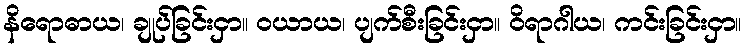
နိရောဓာယ၊ ချုပ်ခြင်းငှာ။ ဝယာယ၊ ပျက်စီးခြင်းငှာ။ ဝိရာဂါယ၊ ကင်းခြင်းငှာ။